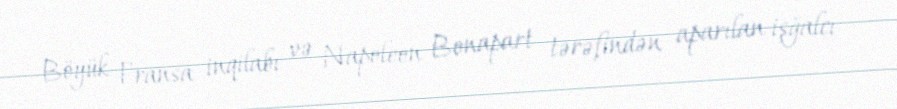
Böyük Fransa inqilabı və Napoleon Bonapart tərəfindən aparılan işğalcı